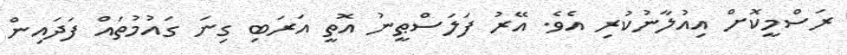
ރަސްމީކޮށް އިއުލާނުކުރި އެވެ. އޭރު ފަލަސްޠީނު އޮތީ އަރަބި ގިނަ ގައުމުތައް ފަދައިން